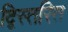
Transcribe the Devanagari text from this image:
द्विस्तरित